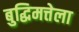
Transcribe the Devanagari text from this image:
बुद्धिमत्तेला